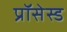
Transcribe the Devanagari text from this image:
प्रॉसेस्ड